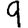
Digit: 9